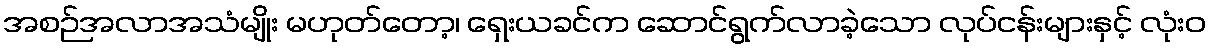
အစဉ်အလာအသံမျိုး မဟုတ်တော့၊ ရှေးယခင်က ဆောင်ရွက်လာခဲ့သော လုပ်ငန်းများနှင့် လုံးဝ